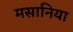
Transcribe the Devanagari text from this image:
मसानिया